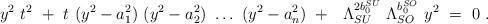
LaTeX: \begin{align*}y^2~t^2 ~+~ t ~( y^2 -a_1^2)~(y^2 -a_2^2)~\ldots~ (y^2 - a_n^2) ~+~ ~\Lambda_{SU}^{2 b_0^{SU}} ~ \Lambda_{SO}^{b_0^{SO}}~y^2 ~= ~ 0~.\end{align*}